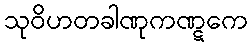
သုဝိဟတခါဏုကဏ္ဋကေ